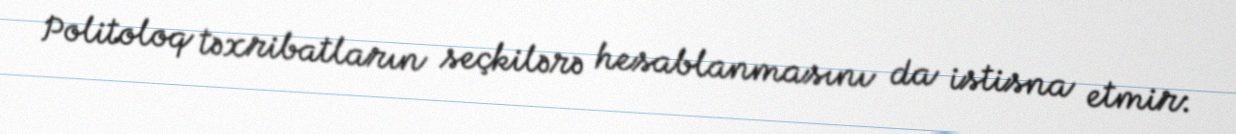
Politoloq təxribatların seçkilərə hesablanmasını da istisna etmir: